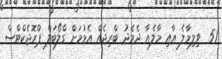
51  ވިލިމާލެ އާއި މާލެއާ ދެމެދު ބްރިޖެއް އެޅުމަށް ގްލޯބަލް ޕްރޮޖެކްޓްސް